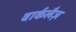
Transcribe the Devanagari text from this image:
बार्कलैज़